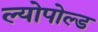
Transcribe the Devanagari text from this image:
ल्योपोल्ड